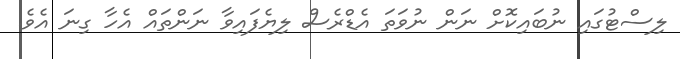
ލިސްޓުގައި ނުބައިކޮށް ނަން ނުވަތަ އެޑްރެސް ލިޔެފައިވާ ނަންތައް އެހާ ގިނަ އެވެ.